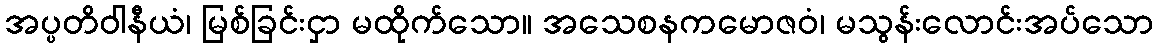
အပ္ပတိဝါနီယံ၊ မြစ်ခြင်းငှာ မထိုက်သော။ အသေစနကမောဇဝံ၊ မသွန်းလောင်းအပ်သော